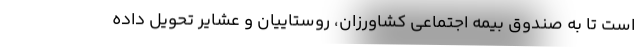
است تا به صندوق بیمه اجتماعی کشاورزان، روستاییان و عشایر تحویل داده